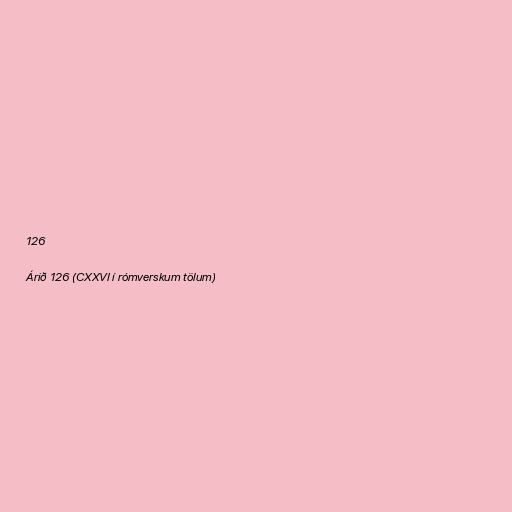
126

Árið 126 (CXXVI í rómverskum tölum)